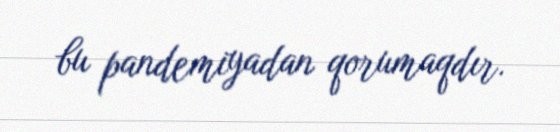
bu pandemiyadan qorumaqdır.